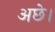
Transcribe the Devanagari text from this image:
अछे।